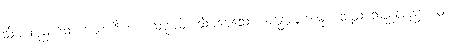
သိမ်းဆည်းသော ယောဂီအား။ သုခုမမ္ပိ၊ သိမ်မွေ့သော အန္တောမုခစမ္မ စသည် သည်လည်း။ ဝါ၊